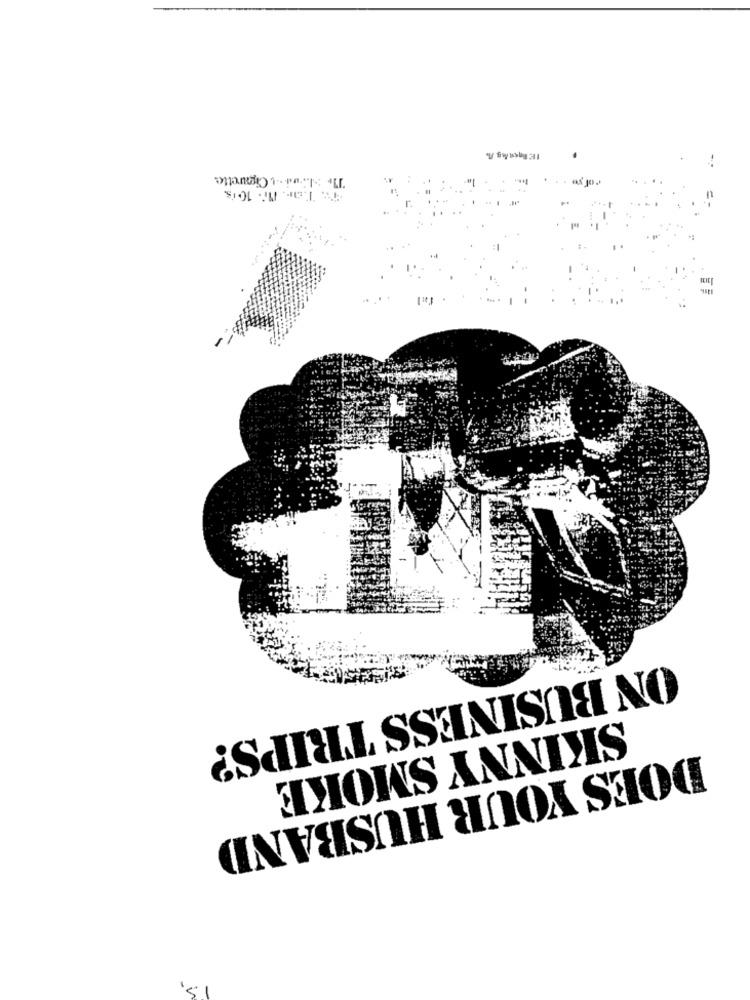
Te NL-wi. .. + Cigarette
rorye.
4. Tar. Nr. 10is
ON BUSINESS TRIPS?
SKINNY SMOKE
DOES YOUR HUSBAND